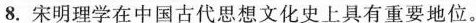
8.宋明理学在中国古代思想文化史上具有重要地位。